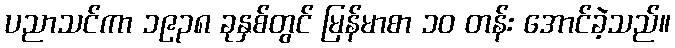
ပညာသင်ကာ ၁၉၃၈ ခုနှစ်တွင် မြန်မာစာ ၁၀ တန်း အောင်ခဲ့သည်။